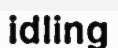
idling